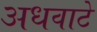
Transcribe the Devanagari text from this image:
अधवाटे